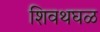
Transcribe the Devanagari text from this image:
शिवथघळ